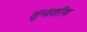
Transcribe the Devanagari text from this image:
शुभाशीष